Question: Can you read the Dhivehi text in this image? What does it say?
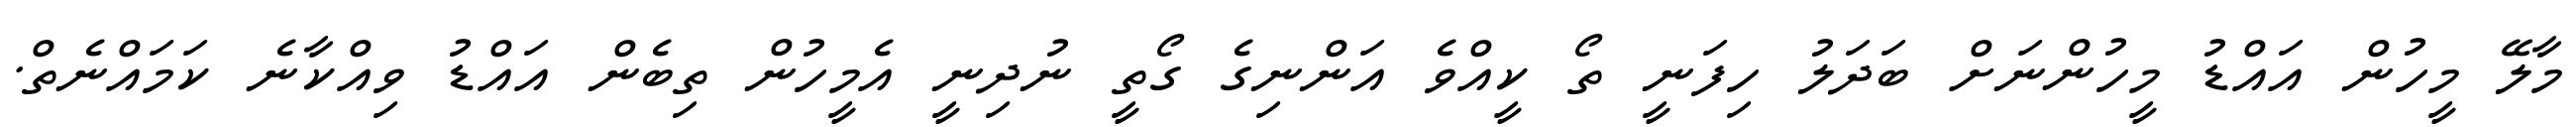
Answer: މާލޭ މީހުން އައްޑު މީހުންނަށް ބަދަލު ހިފަނީ ތޯ ކީއްވެ އަންނިގެ ގޯތީ ނުދިނީ އެމީހުން ތިބެން އައްޑު ވިއްކާނެ ކަމައްނެތް.